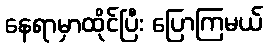
နေရာမှာထိုင်ပြီး ပြောကြမယ်